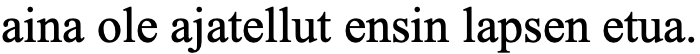
aina ole ajatellut ensin lapsen etua.